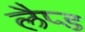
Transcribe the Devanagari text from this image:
लैप्ड